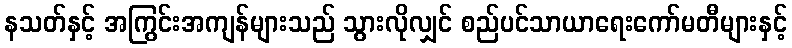
နသတ်နှင့် အကြွင်းအကျန်များသည် သွားလိုလျှင် စည်ပင်သာယာရေးကော်မတီများနှင့်